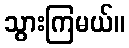
သွားကြမယ်။